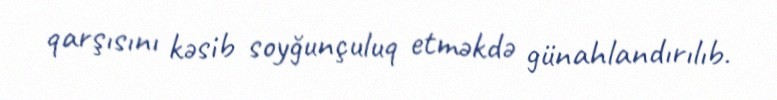
qarşısını kəsib soyğunçuluq etməkdə günahlandırılıb.